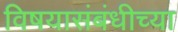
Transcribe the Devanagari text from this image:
विषयासंबंधीच्या